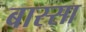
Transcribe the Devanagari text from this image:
बास्सा